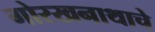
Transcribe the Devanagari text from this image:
गोरखनाथाचे